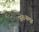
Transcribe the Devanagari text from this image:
अंतःसमूह